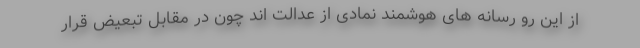
از این رو رسانه های هوشمند نمادی از عدالت اند چون در مقابل تبعیض قرار